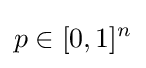
p\in [0,1]^{n}